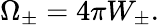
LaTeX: \Omega_{\pm}=4\pi W_{\pm}.